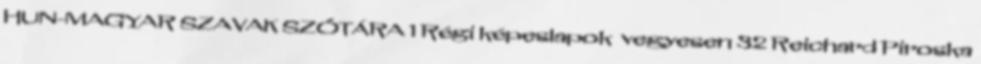
HUN-MAGYAR SZAVAK SZÓTÁRA 1 Régi képeslapok vegyesen 32 Reichard Piroska